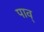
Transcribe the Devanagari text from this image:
पाव्